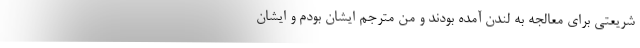
شریعتی برای معالجه به لندن آمده بودند و من مترجم ایشان بودم و ایشان